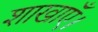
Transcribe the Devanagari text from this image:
शाखाएँ।